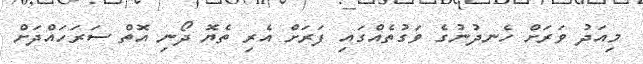
މިއަދު ވަރަށް ހެނދުނުގެ ވަގުތެއްގައި ފަރަށް އެރި ތެޔޮ ދޯނި އޮތް ސަރަހައްދަށް